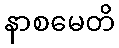
နာစမေတိ